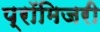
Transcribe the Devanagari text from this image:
प्रॉमिजरी